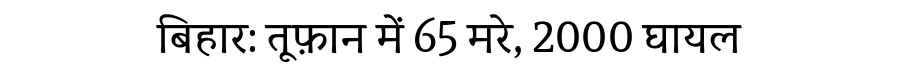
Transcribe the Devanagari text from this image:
बिहार: तूफ़ान में 65 मरे, 2000 घायल